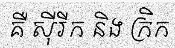
គឺ ស៊ីរីក និង ក្រិក